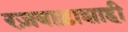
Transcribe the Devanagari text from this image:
रज़वाड़ाशाही